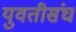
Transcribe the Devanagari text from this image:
युवतीसंघ